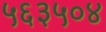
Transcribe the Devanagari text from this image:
५६३५०४